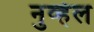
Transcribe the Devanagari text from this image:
नुव्हेल